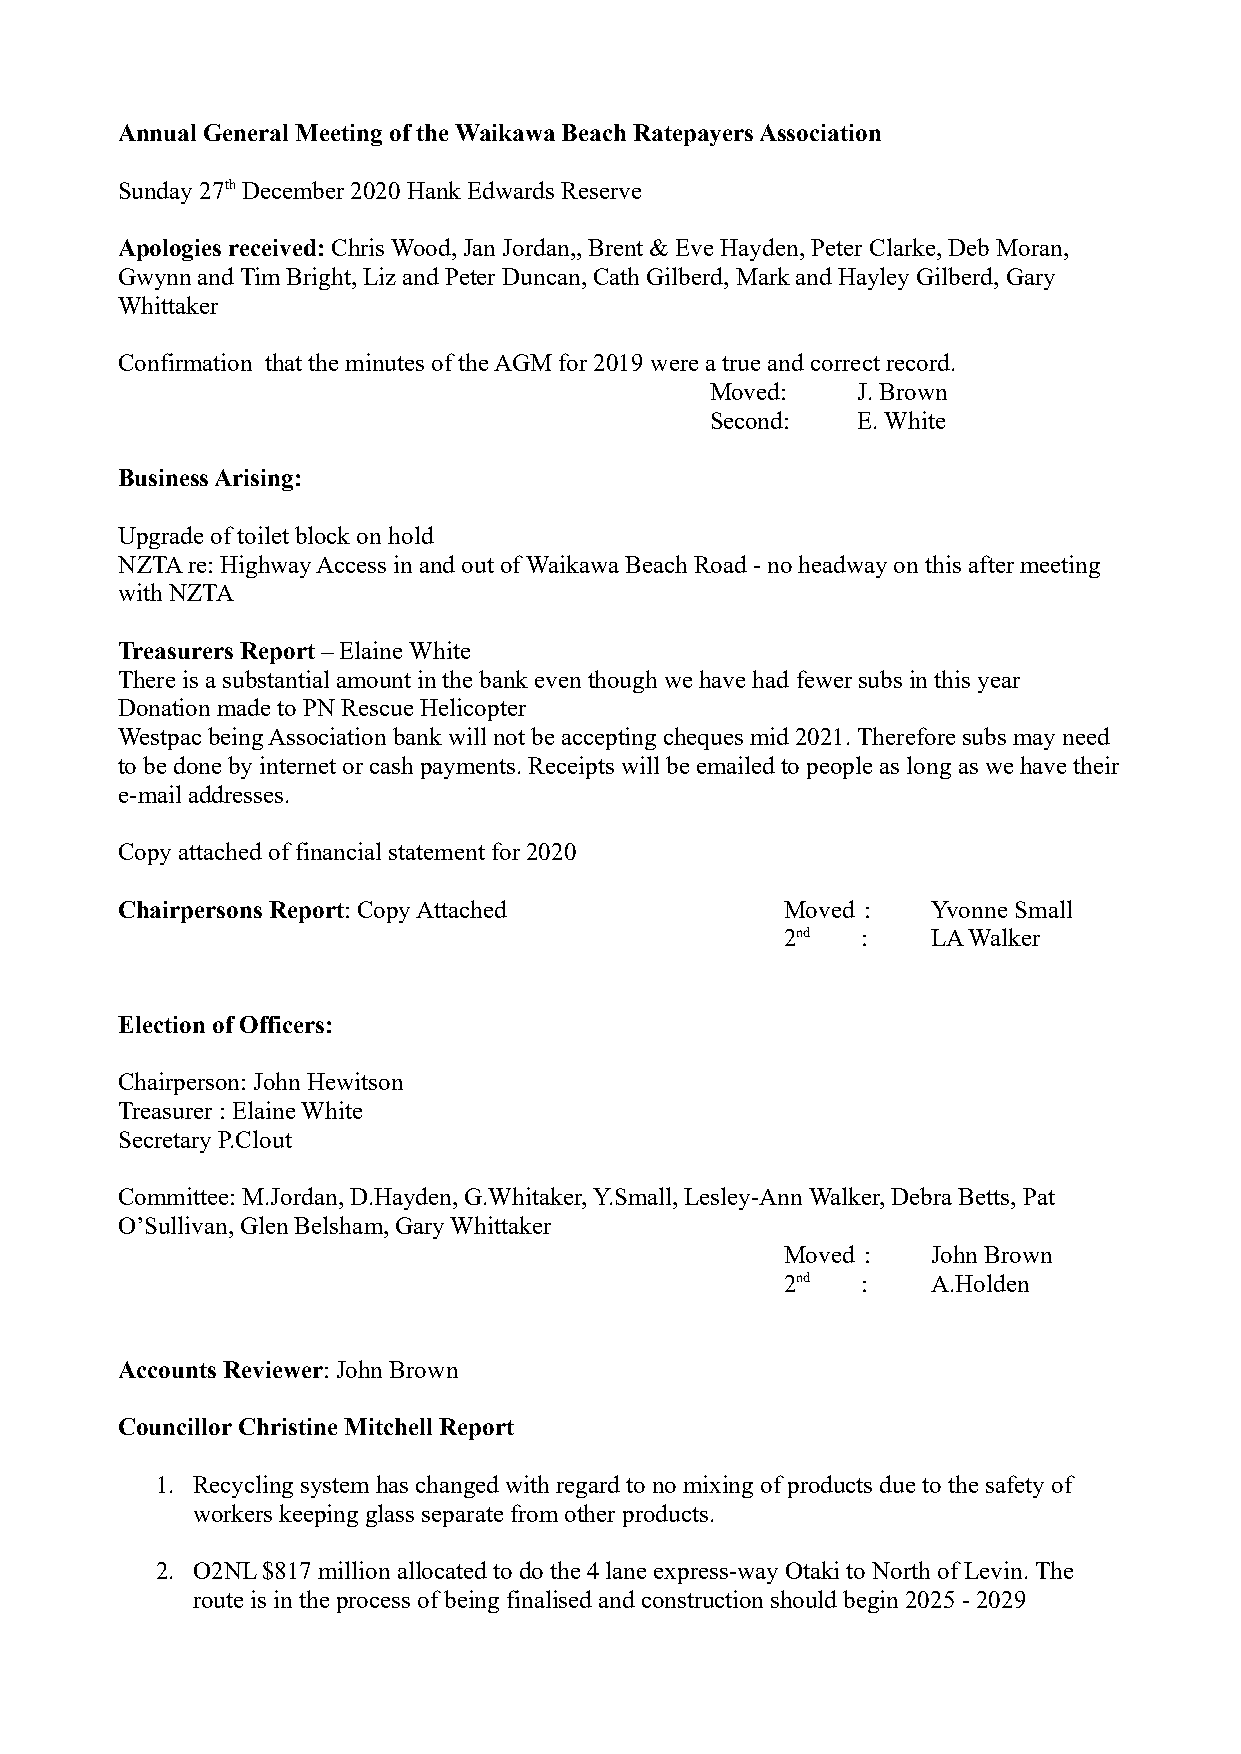
Annual General Meeting of the Waikawa Beach Ratepayers Association
 Sunday 27th December 2020 Hank Edwards Reserve
 Apologies received: Chris Wood, Jan Jordan,, Brent & Eve Hayden, Peter Clarke, Deb Moran,
 Gwynn and Tim Bright, Liz and Peter Duncan, Cath Gilberd, Mark and Hayley Gilberd, Gary
 Whittaker
 Confirmation that the minutes of the AGM for 2019 were a true and correct record.
 Moved:    J. Brown
 Second:   E. White
 Business Arising:
 Upgrade of toilet block on hold
 NZTA re: Highway Access in and out of Waikawa Beach Road - no headway on this after meeting
 with NZTA
 Treasurers Report – Elaine White
 There is a substantial amount in the bank even though we have had fewer subs in this year
 Donation made to PN Rescue Helicopter
 Westpac being Association bank will not be accepting cheques mid 2021. Therefore subs may need
 to be done by internet or cash payments. Receipts will be emailed to people as long as we have their
 e-mail addresses.
 Copy attached of financial statement for 2020
 Chairpersons Report: Copy Attached          Moved :   Yvonne Small
 2nd  :    LA Walker
 Election of Officers:
 Chairperson: John Hewitson
 Treasurer : Elaine White
 Secretary P.Clout
 Committee: M.Jordan, D.Hayden, G.Whitaker, Y.Small, Lesley-Ann Walker, Debra Betts, Pat
 O’Sullivan, Glen Belsham, Gary Whittaker
 Moved :   John Brown
 2nd  :    A.Holden
 Accounts Reviewer: John Brown
 Councillor Christine Mitchell Report
 1. Recycling system has changed with regard to no mixing of products due to the safety of
 workers keeping glass separate from other products.
 2. O2NL $817 million allocated to do the 4 lane express-way Otaki to North of Levin. The
 route is in the process of being finalised and construction should begin 2025 - 2029